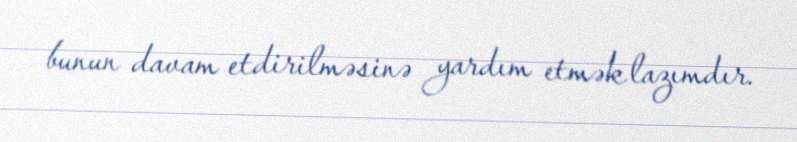
bunun davam etdirilməsinə yardım etmək lazımdır.